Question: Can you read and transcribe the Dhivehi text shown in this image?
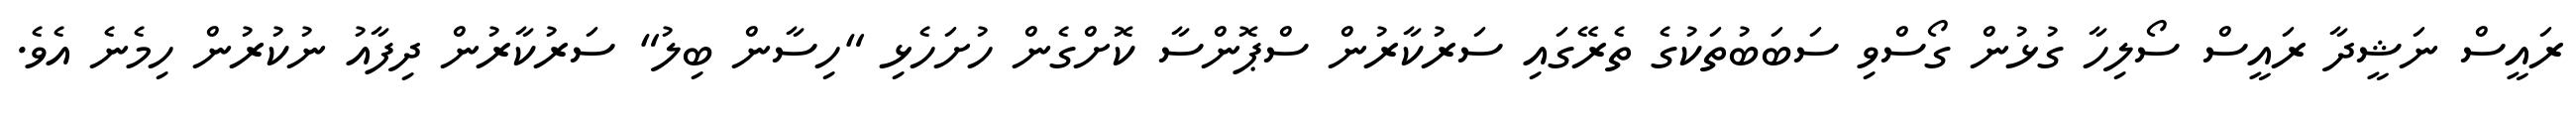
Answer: ރައީސް ނަޝީދާ ރައީސް ސޯލިހާ ގުޅުން ގޯސްވި ސަބަބުތަކުގެ ތެރޭގައި ސަރުކާރުން ސްޕޮންސާ ކޮށްގެން ހުށަހެޅި "ހިސާން ބިލު" ސަރުކާރުން ދިފާއު ނުކުރުން ހިމެނެ އެވެ.